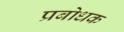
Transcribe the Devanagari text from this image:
प्रबोधक